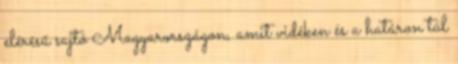
elérésű sajtó Magyarországon, amit vidéken és a határon túl